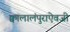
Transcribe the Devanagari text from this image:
क्वालालंपुराऐवजी